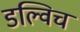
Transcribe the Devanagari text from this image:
डल्विच